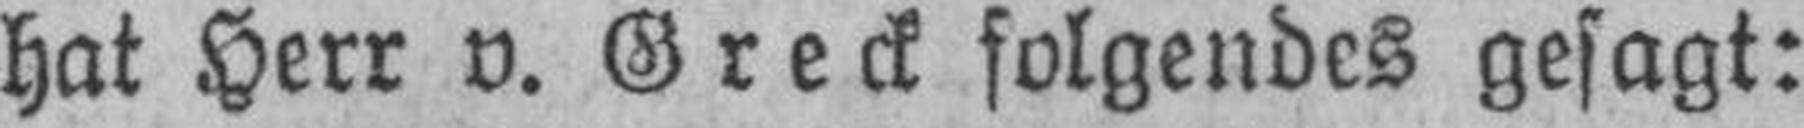
hat Herr v. Greck folgendes gesagt: